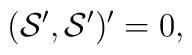
({\cal S}', {\cal S}')' = 0,